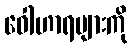
ဝေါဟာရများကို